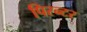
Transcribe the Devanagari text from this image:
पिरन्टर